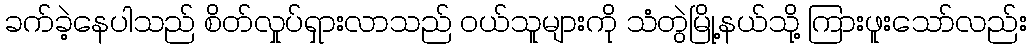
ခက်ခဲ့နေပါသည် စိတ်လှုပ်ရှားလာသည် ဝယ်သူများကို သံတွဲမြို့နယ်သို့ ကြားဖူးသော်လည်း